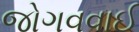
જોગવવાઈ